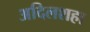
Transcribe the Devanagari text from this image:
अदिलशहा